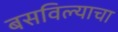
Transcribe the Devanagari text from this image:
बसविल्याचा